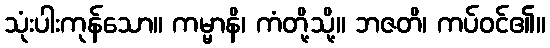
သုံးပါးကုန်သော။ ကမ္မာနိ၊ ကံတို့သို့။ ဘဇတိ၊ ကပ်ဝင်၏။